Rae_vallavalitsus, lk 36
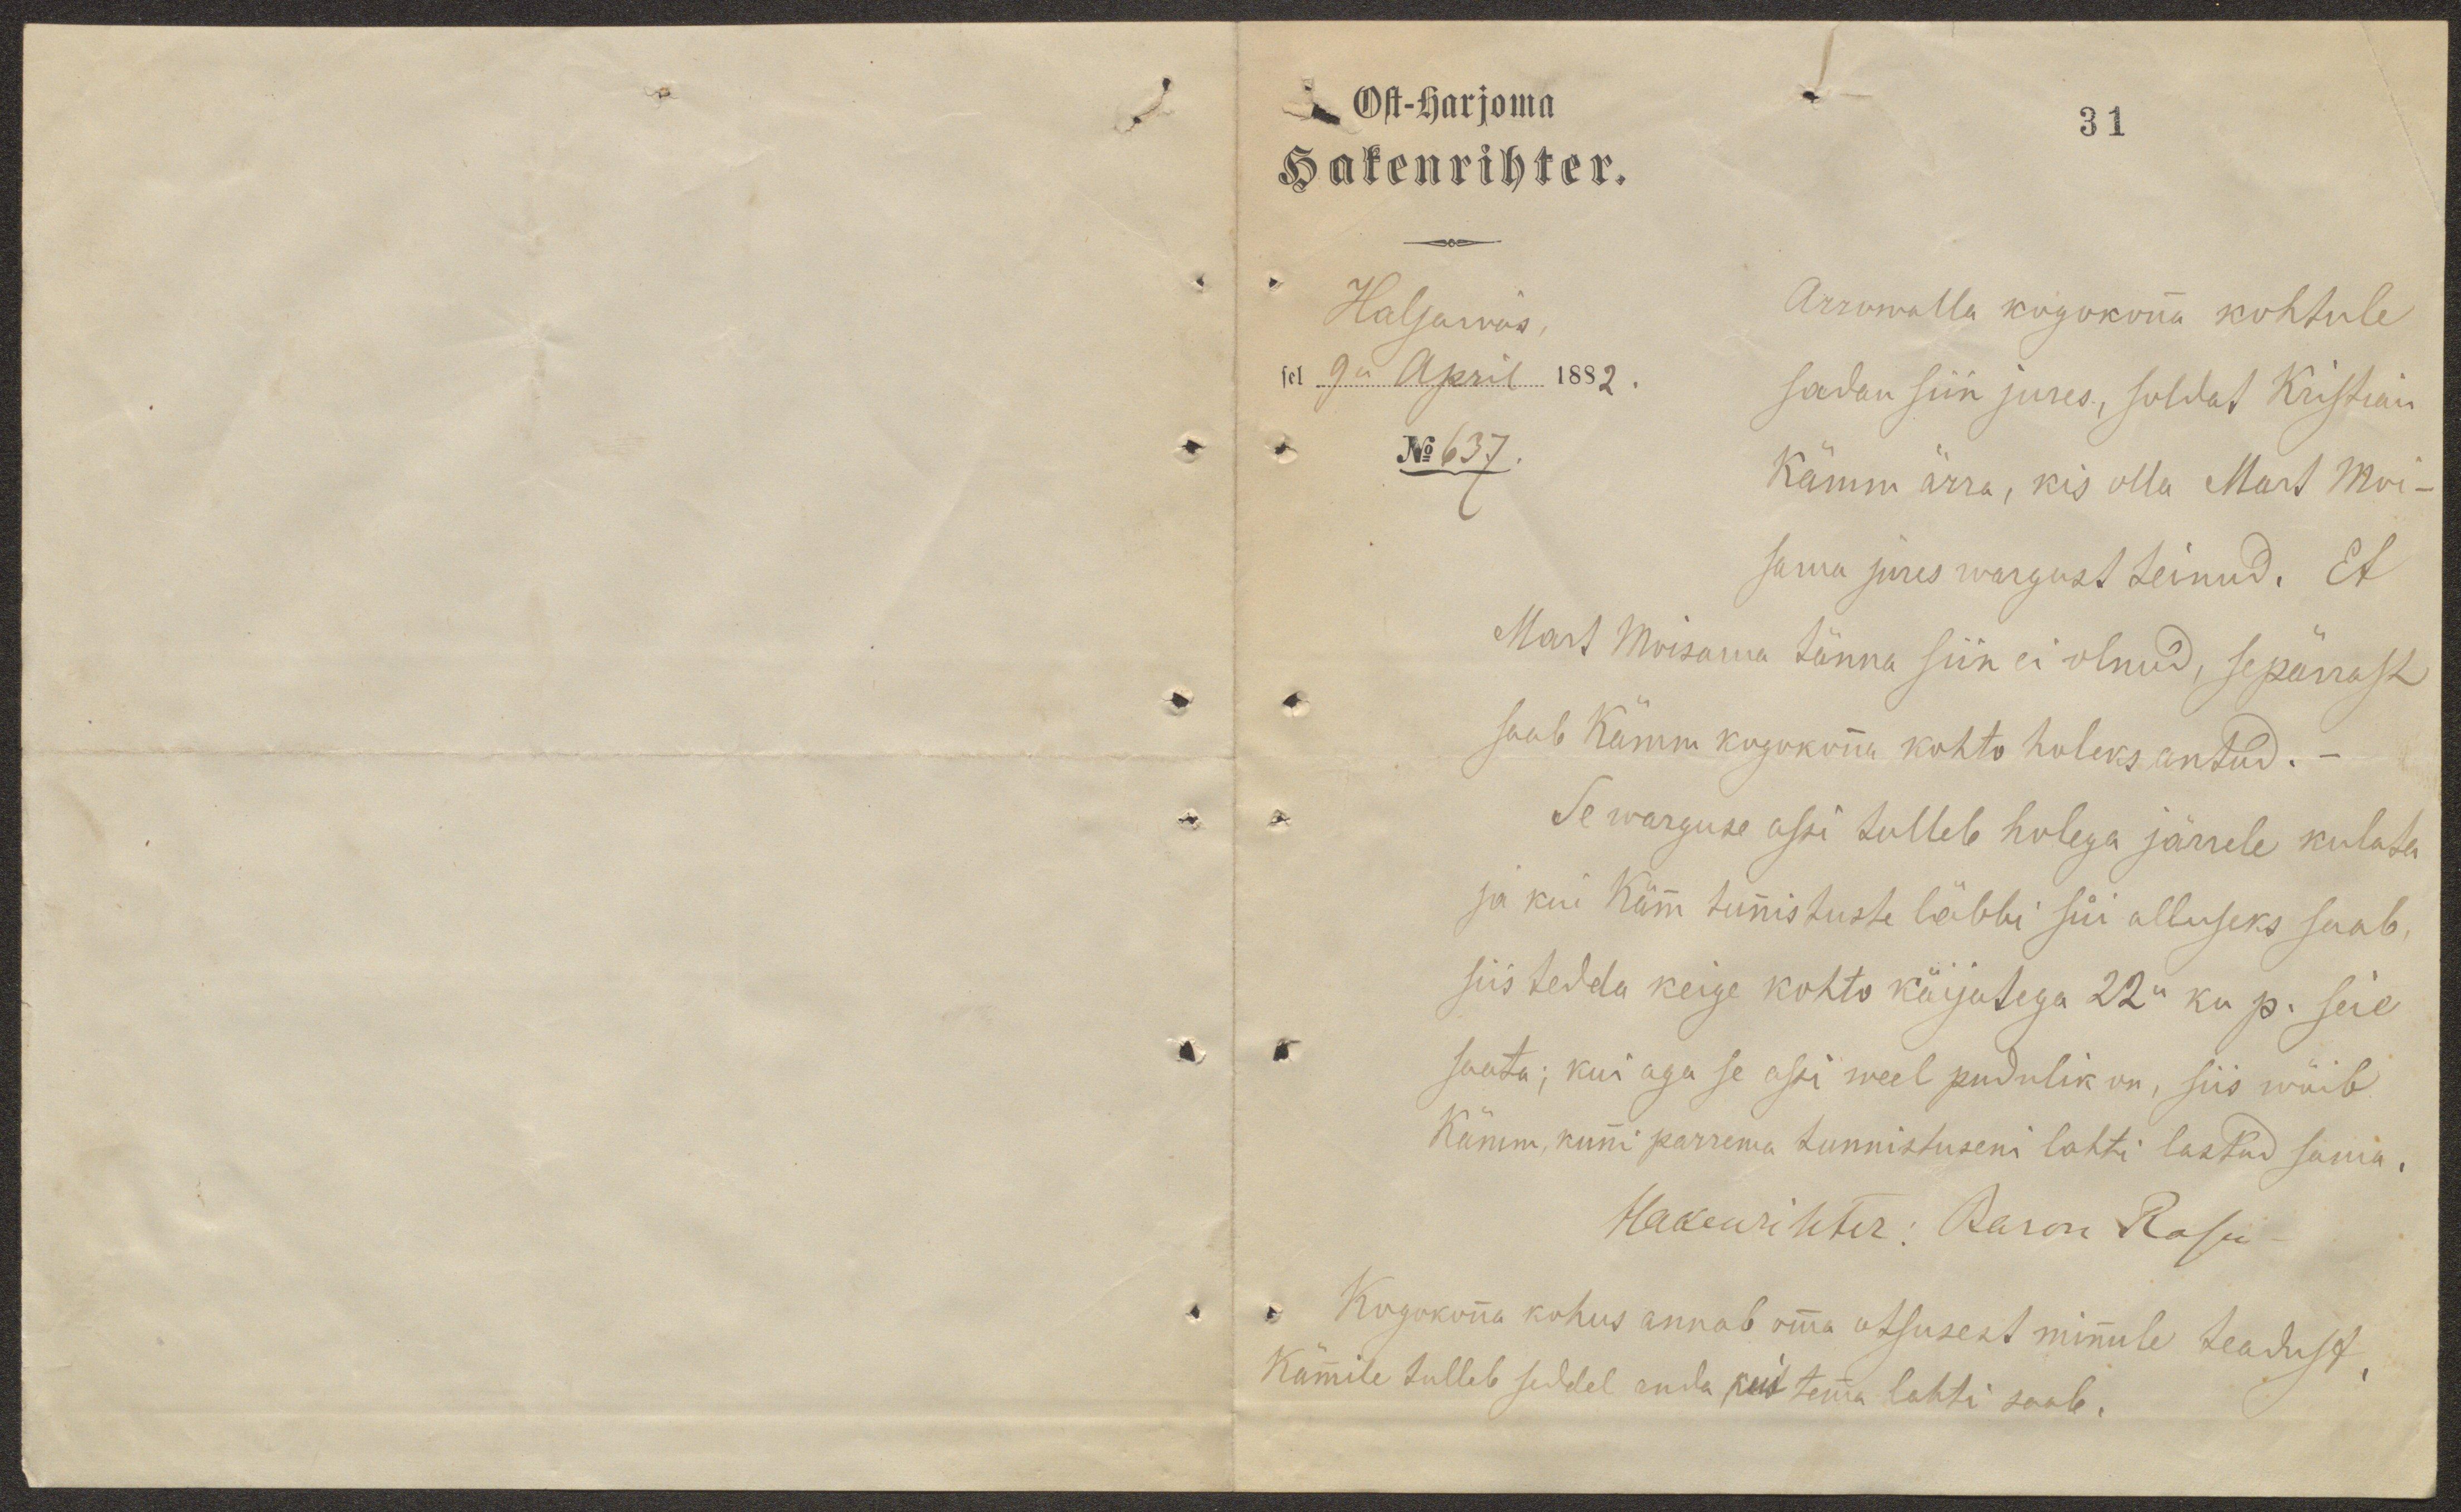
Ost-harjoma
31
Hakenrihter.
Haljawas
sel 9n April 1882.
No 637.
Arrowalla kogokonna kohtule
sadan siin jures, soldat Kristian
Kämm ärra, kis olla Mart Moi-
sama jures wargust teinud. Et
Mart Moisama tänna siin ei olnud, sepärrast
saab Kämm kogokonna kohto holeks antud.-
Se warguse assi tulleb holega järrele kulata
ja kui Kämm tunnistuste läbbi süi alluseks saab,
siis tedda keige kohto käijatega 22n ku p. seie
saata; kui aga se assi weel pudulik on, siis wõib
Kämm, kunni parrema tunnistuseni lahti lastud sama.
Hakenrihter: Baron Rosen
Kogokonna kohus annab omma otsusest minnule teadust,
Kämmile tulleb seddel anda kui temma lahti saab.